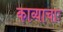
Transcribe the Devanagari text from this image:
काव्याचाः